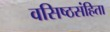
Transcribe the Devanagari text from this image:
वसिष्ठसंहिता